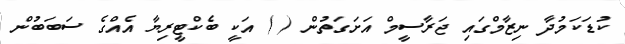
ކުޑަކަމުދާ ނިޒާމްގައި ޖަރާސީމް އަށަގަތުން ( ) އަކީ ބެކްޓީރިޔާ އެއްގެ ސަބަބުން